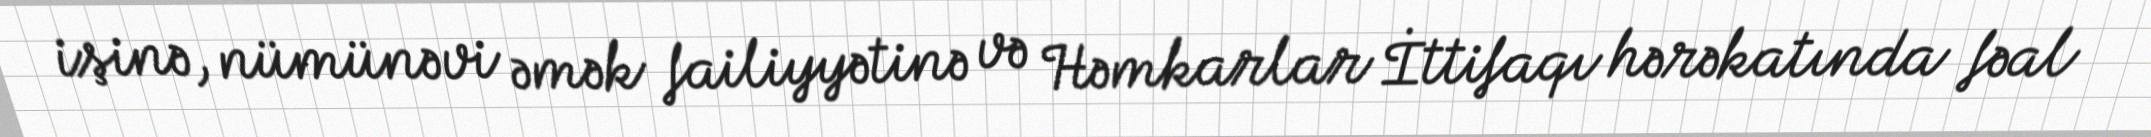
işinə, nümünəvi əmək failiyyətinə və Həmkarlar İttifaqı hərəkatında fəal